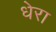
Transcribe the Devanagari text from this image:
धेरा